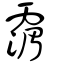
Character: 𩅹